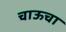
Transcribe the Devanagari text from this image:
चाऊचा